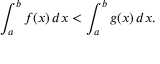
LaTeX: \int _ { a } ^ { b } f ( x ) \, d x < \int _ { a } ^ { b } g ( x ) \, d x .